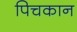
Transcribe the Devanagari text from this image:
पिचकान